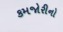
કમજોરીનો